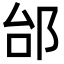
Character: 邰